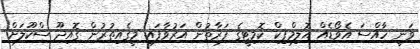
ވަނީ ހާއްސަ އެވޯޑެއް އޮލިމްޕިކް ކޮމިޓީގެ ފަރާތުން އަރުވާފައި. މީގެއިތުރުން ގޮއިދޫ ސްކޫލަށް